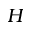
H